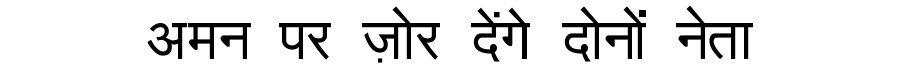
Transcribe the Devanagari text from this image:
अमन पर ज़ोर देंगे दोनों नेता